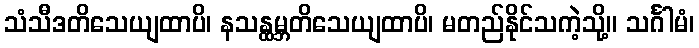
သံသီဒတိသေယျထာပိ၊ နသန္ထမ္ဘတိသေယျထာပိ၊ မတည်နိုင်သကဲ့သို့။ သင်္ဂါမံ၊